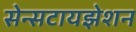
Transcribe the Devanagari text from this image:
सेन्सटायझेशन